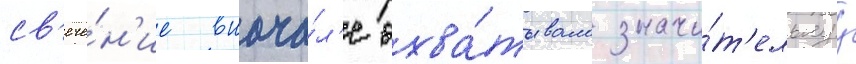
св'ече́н'ие внача́л'е охва́тывало значи́т'ельнуу